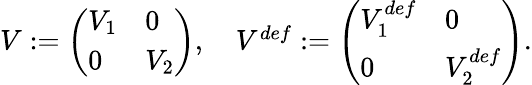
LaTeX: \begin{array}{r}{V:=\left(\begin{array}{ll}{V_{1}}&{0}\\ {0}&{V_{2}}\end{array}\right),\quad V^{def}:=\left(\begin{array}{ll}{V_{1}^{def}}&{0}\\ {0}&{V_{2}^{def}}\end{array}\right).}\end{array}